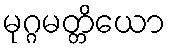
မုဂ္ဂမတ္တိယော